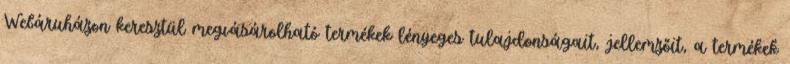
Webáruházon keresztül megvásárolható termékek lényeges tulajdonságait, jellemzőit, a termékek